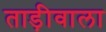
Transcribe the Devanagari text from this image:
ताड़ीवाला